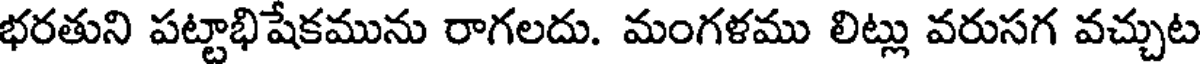
భరతుని పట్టాభిషేకమును రాగలదు. మంగళము లిట్లు వరుసగ వచ్చుట